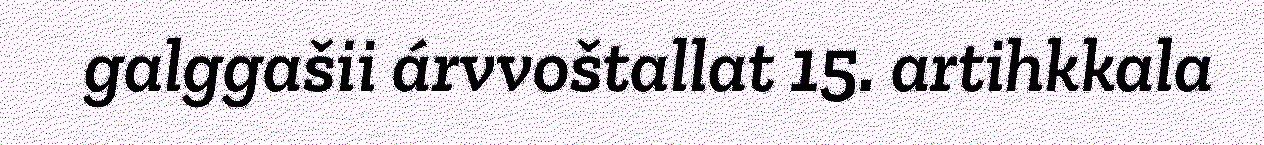
galggašii árvvoštallat 15. artihkkala